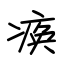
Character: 痪